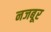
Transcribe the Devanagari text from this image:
नजबूर